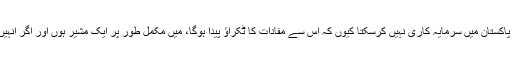
انہوں نے حکومتی منصوبے میں اپنا کردار ’ایک مشیر‘ کا قرار دیا، ان کے مطابق میں پاکستان میں سرمایہ کاری نہیں کرسکتا کیوں کہ اس سے مفادات کا ٹکراؤ پیدا ہوگا، میں مکمل طور پر ایک مشیر ہوں اور اگر انہیں میری رہنمائی کی ضرورت ہوئی تو میں اپنے خیالات اور نظریات سے آگاہ کروں گا۔